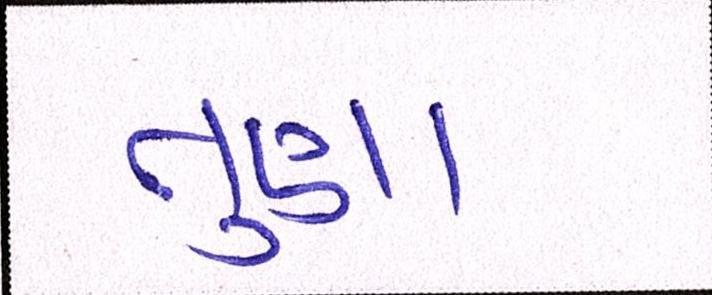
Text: તુણા